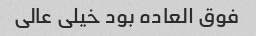
فوق العاده بود خیلی عالی